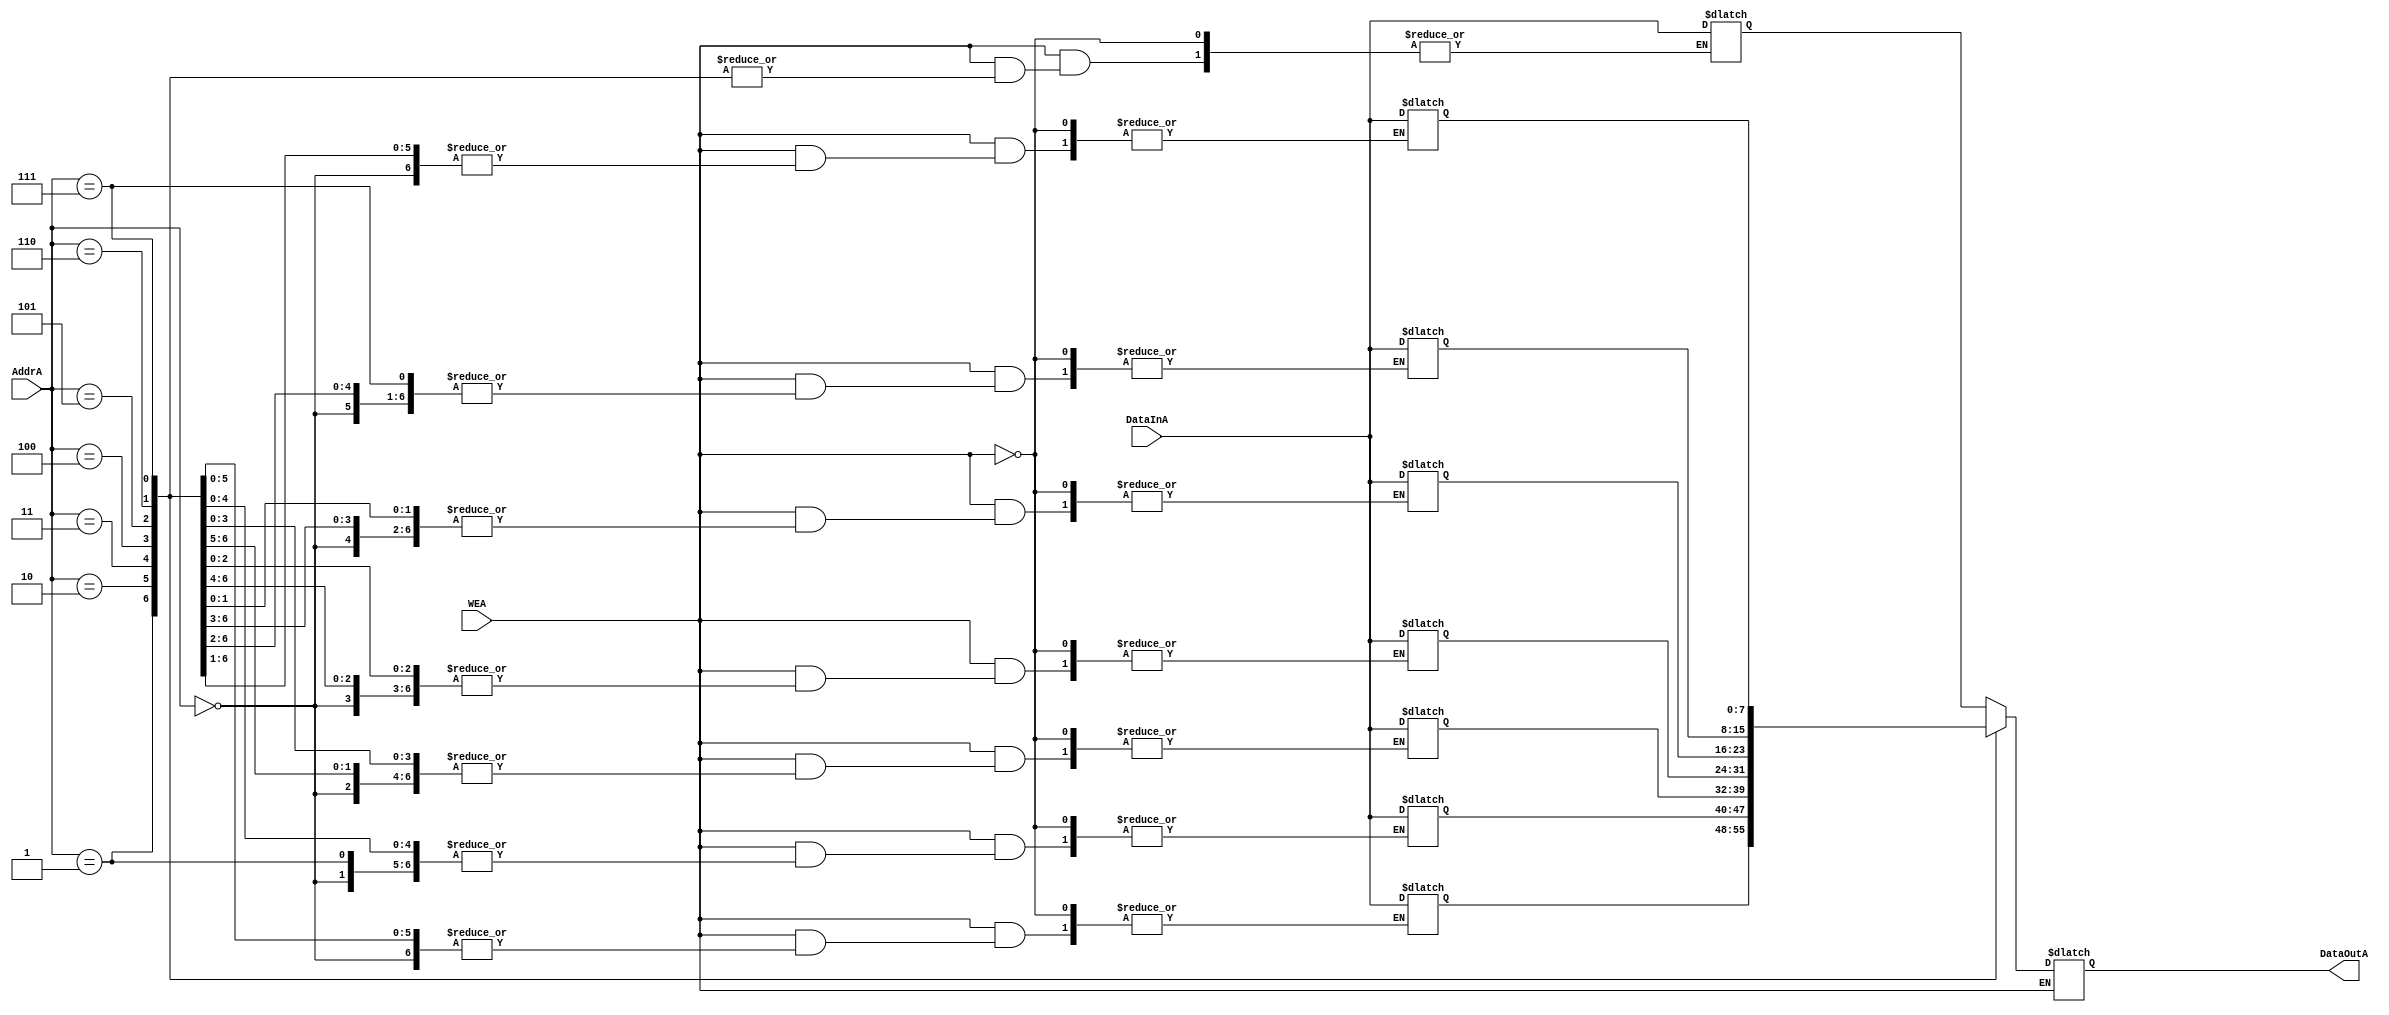
module MemoryA (

output reg [7:0] DataOutA,
input      [2:0] AddrA   ,
input      [7:0] DataInA ,
input      WEA
);

	reg [7:0] RAM_A [0:7];

	always @(WEA, AddrA, DataInA)
	begin
		if (WEA)
			RAM_A[AddrA] = DataInA;
		else
			DataOutA = RAM_A[AddrA];
	end
endmodule